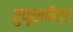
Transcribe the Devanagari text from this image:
रुफूसबॅक्ड